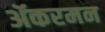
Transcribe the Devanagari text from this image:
ॲकरमन